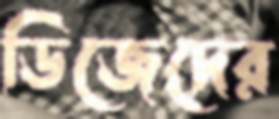
ডিজেদের